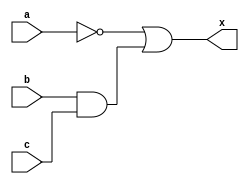
//declare the 4-to-1 multiplexor
module my_logic (
    output x,
    input a, b, c
);

    wire t0, t1;

    not #2 n1(t0, a);
    and #5 a1(t1, b, c);
    or #4 o1(x, t0, t1);

endmodule

module top;
    reg a, b, c;

    wire out;

    my_logic U0(out, a, b, c);


    initial begin
        $display("Time,a,b,c,out");
        $monitor($time,"\t%d,%d,%d,%d",a,b,c,out);
    end    

    initial begin
        a=1;b=0;c=1;

        #10 a=1; b=0; c=0;
        #10 a=1; b=1; c=1;
        #10 a=0; b=0; c=0;
        #40 $finish();
    end
endmodule